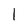
Character: l